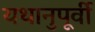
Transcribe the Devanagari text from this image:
यथानुपूर्वी